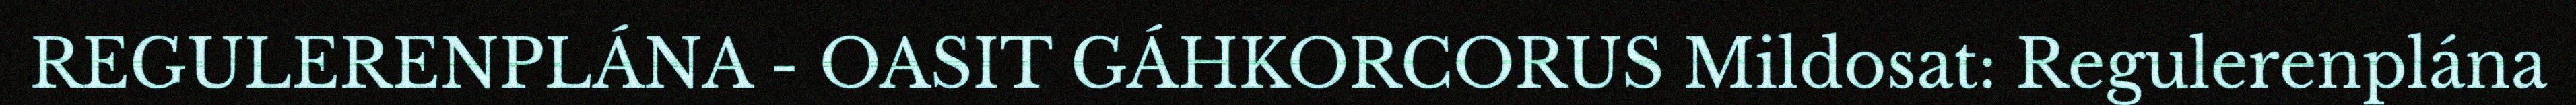
REGULERENPLÁNA - OASIT GÁHKORCORUS Mildosat: Regulerenplána